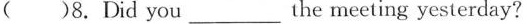
( ) 8. Did you ___ the meeting yesterday?